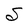
Character: S